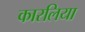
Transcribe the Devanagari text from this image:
कारलिया